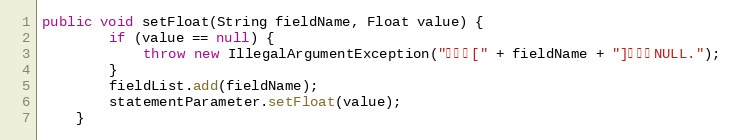
Language: Java
public void setFloat(String fieldName, Float value) {
		if (value == null) {
			throw new IllegalArgumentException("参数值[" + fieldName + "]不能为NULL.");
		}
		fieldList.add(fieldName);
		statementParameter.setFloat(value);
	}